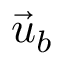
\vec { u } _ { b }